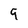
Character: 9